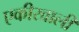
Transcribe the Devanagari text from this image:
एकीखाली